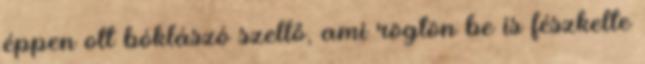
éppen ott bóklászó szellő, ami rögtön be is fészkelte